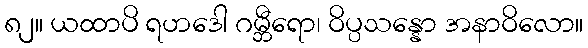
၈၂။ ယထာပိ ရဟဒေါ ဂမ္ဘီရော၊ ဝိပ္ပသန္နော အနာဝိလော။